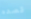
قصده